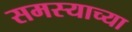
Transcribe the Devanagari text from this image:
समस्याच्या